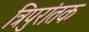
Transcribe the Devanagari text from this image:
त्रिपुरांतक